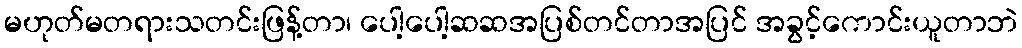
မဟုတ်မတရားသတင်းဖြန့်တာ၊ ပေါ့ပေါ့ဆဆအပြစ်တင်တာအပြင် အခွင့်ကောင်းယူတာဘဲ